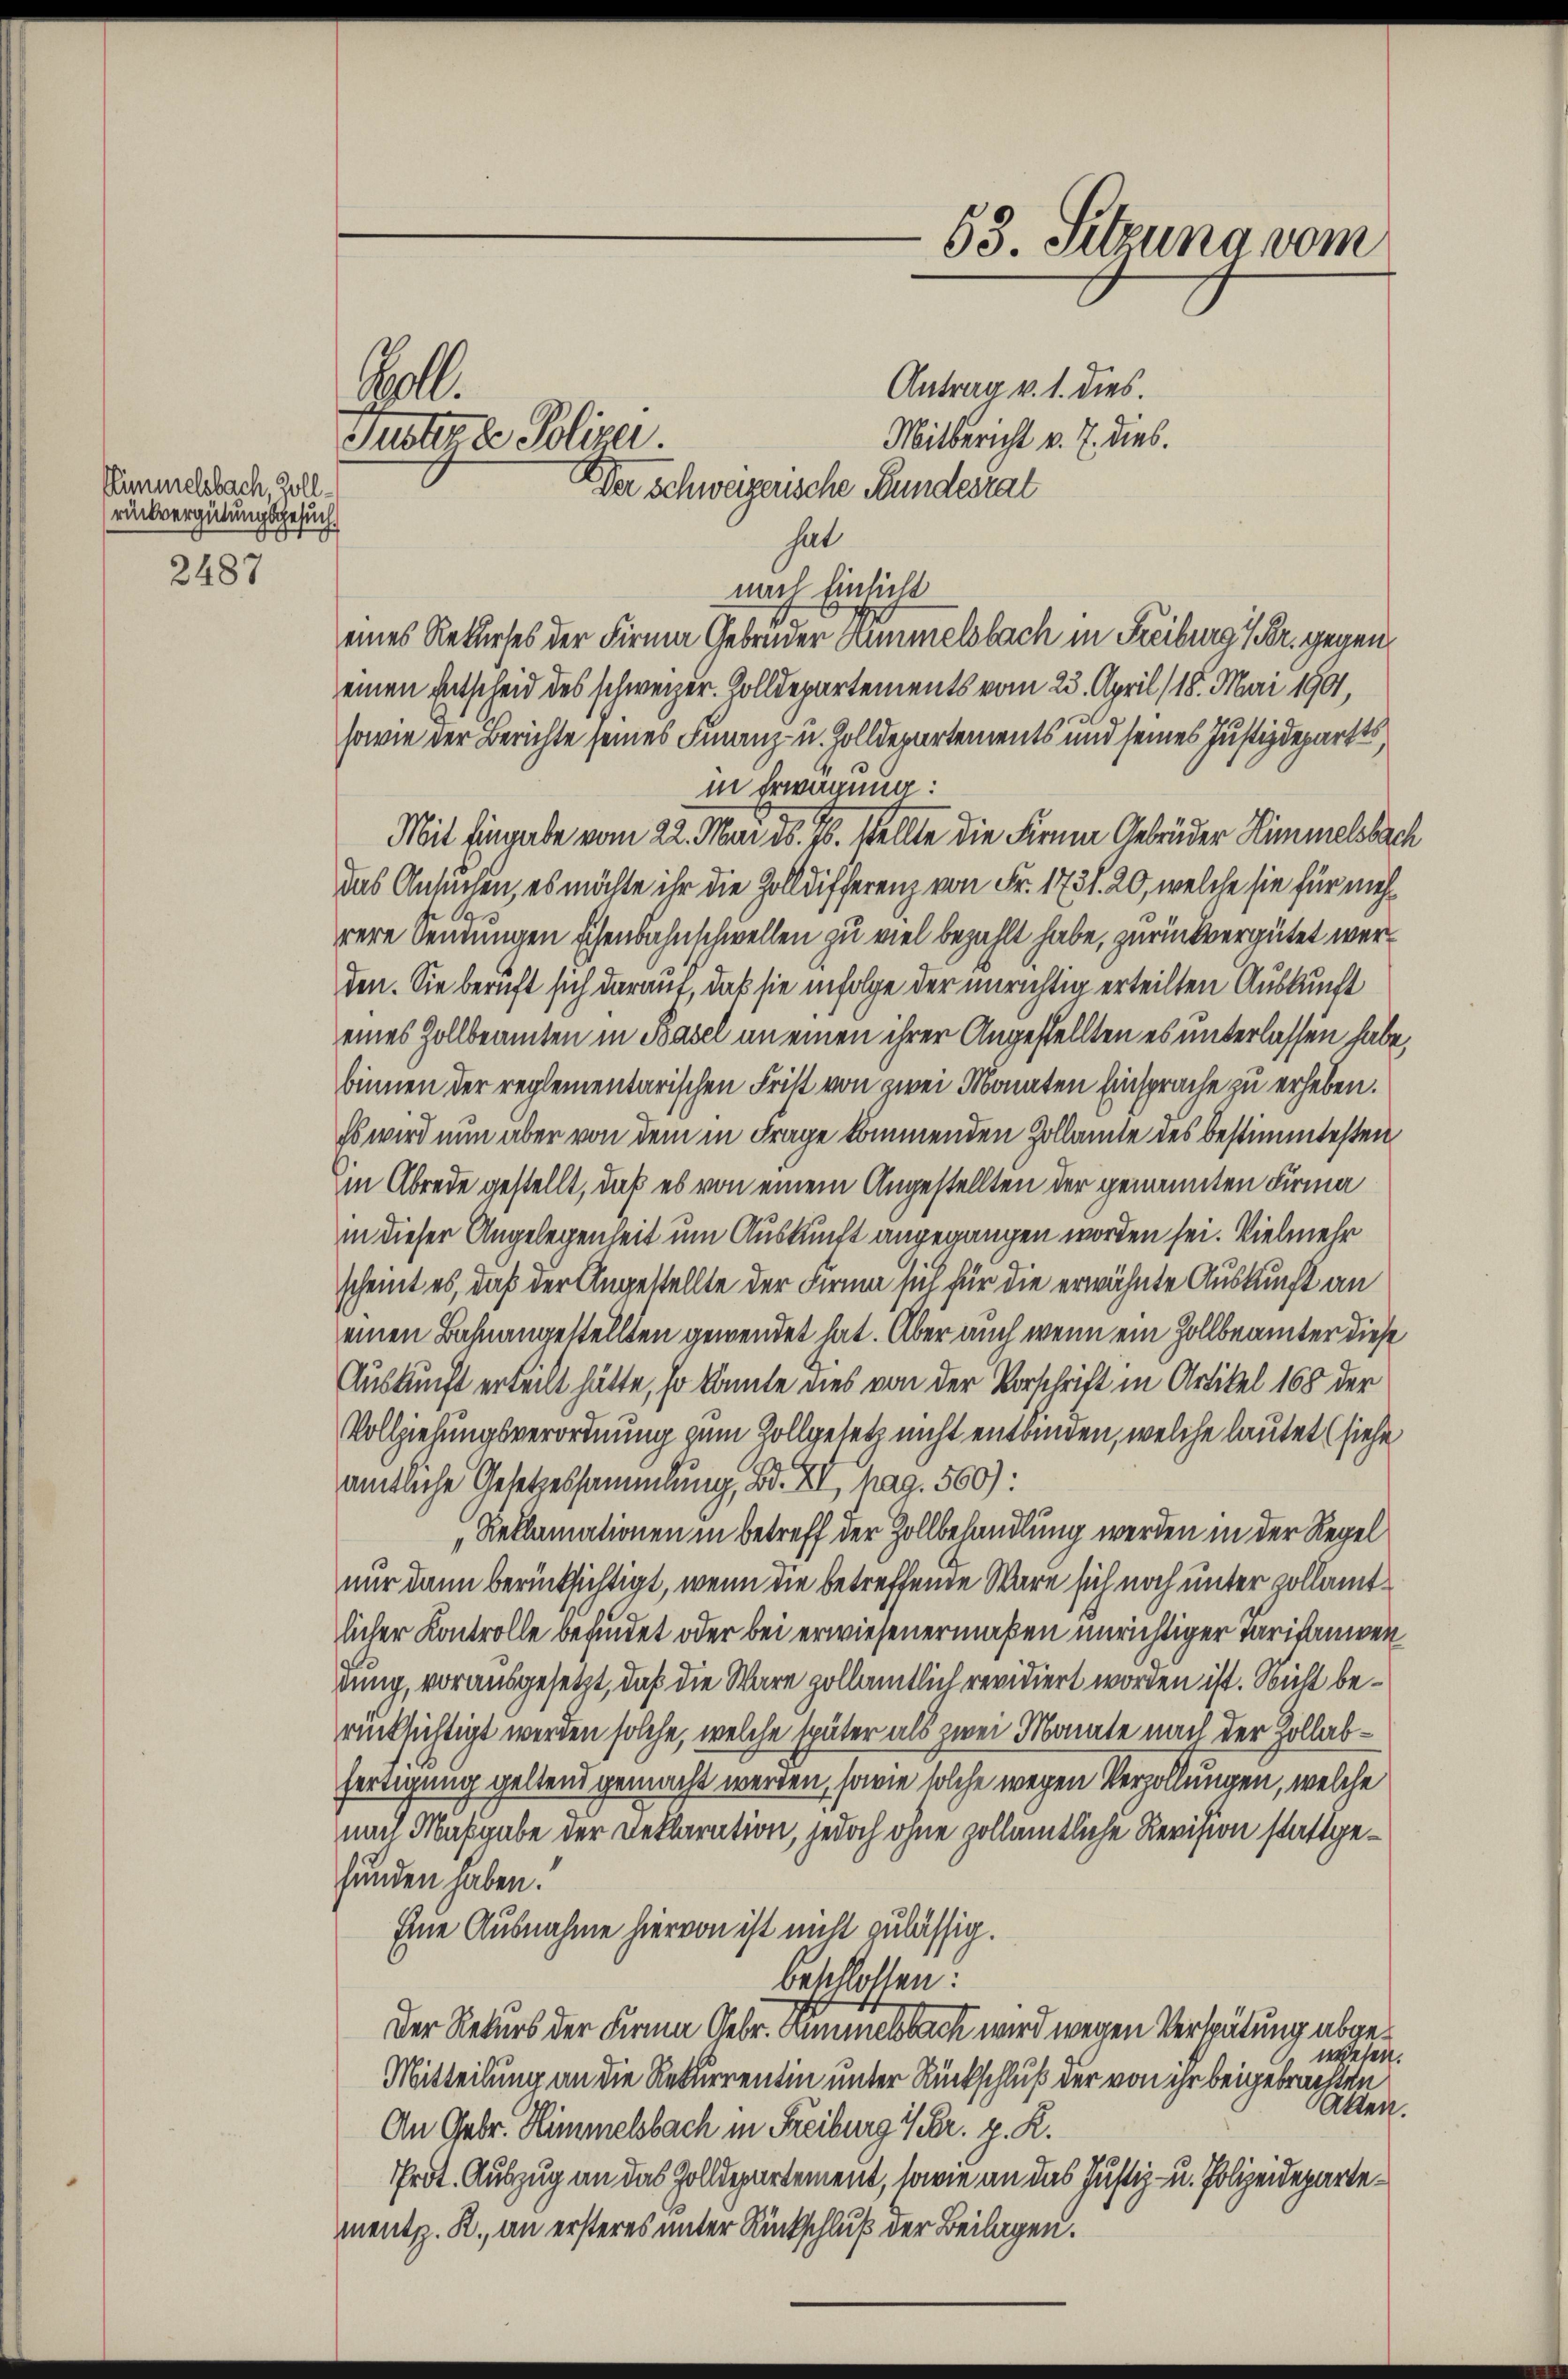
Elimmelsbach, Zollrückvergütungsgesuch
2487

63. Sitzung vom
Mart.
Antrag v. 1. dies.
Mitbericht v. 7. dies.
Funter de Polizei.
Der Schweizerische Bundesrat
hat

nach Einsicht
eines Rekurses der Firma Gebrüder Nummelsbach in Freiburg i/Pr. gegen
einen Entscheid des schweizer. Zolldepartements vom 23. April 18. Mai 1901,
sowie der Berichte seines Finanz- u. Zolldepartements und seines Justizdepartts
in Erwägung:
Mit Eingabe vom 22. Mai d. 16. stellte die Firne Gebrüder Himmelsbach
das Ansuchen, es möchte ihr die Zolldifferenz von Fr. 1731. 20, welche sie für mehrere Sendungen schenbahnschwellen zu viel bezahlt habe, zurückvergütet werden. Sie beruft sich darauf, daß sie infolge der unrichtig erteilten Auskunft
eines Zollbeamten in Basel an einen ihrer Angestellten es unterlassen habe,
binnen der reglementarischen Frist von zwei Monaten Einsprache zu erheben.
Es wird nun aber von dem in Frage kommenden Zollamte des bestimmtesten
in Abrede gestellt, daß es von einem Angestellten der genannten Firma
in dieser Angelegenheit um Auskunft angegangen worden sei. Vielmehr
scheint es, daß der Angestellte der Firma sich für die erwähnte Auskunft an
einen Bahnangestellten gewendet hat. Aber auch wenn ein Zollbeamter diese
Auskunft erteilt hätte, so könnte dies von der Vorschrift in Artikel 168 der
Vollziehungsverordnung zum Zollgesetz nicht entbinden, welche lautet (siehe
amtliche Gesetzessammlung, Bd. XV, hag. 560):
Reklamationen in betreff der Zollbehandlung werden in der Regel
nur dann berücksichtigt, wenn die betreffende Wäre sich noch unter zollamtlicher Kontrolle befindet oder bei erwiesenermaßen unrichtiger Parisammen
dung, vorausgesetzt, daß die Wäre zollamtlich revidiert worden ist. Nicht berücksichtigt werden solche, welche später als zwei Monate nach der Zollabfertigung geltend gemacht werden, sowie solche wegen Verzöllungen, welche
nach Maßgabe der Reklaration, jedoch ohne zollamtliche Revision stattgefunden haben.
Eine Ausnahme hiervon ist nicht zulässig.
beschlossen:
Der Rekurs der Firma Gebr. Summelsbach, wird wegen Verspätung abgewesen.
Mitteilung an die Rekurrentin unter Rückschluß der von ihr beigebrachten
akten.
An Gebr. Himmelsbach in Freiburg Vbr. z. R.
Prot. Auszug an das Zolldepartement, sowie an das Justiz- u. Polizeidepartements. R., an ersteres unter Rückschluß der Beilagen.